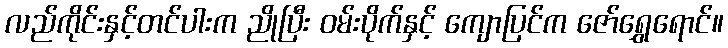
လည်ကိုင်းနှင့်တင်ပါးက ညိုပြီး ဝမ်းပိုက်နှင့် ကျောပြင်က ဇော်ရွှေရောင်။